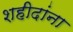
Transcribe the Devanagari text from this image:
शहीदांना